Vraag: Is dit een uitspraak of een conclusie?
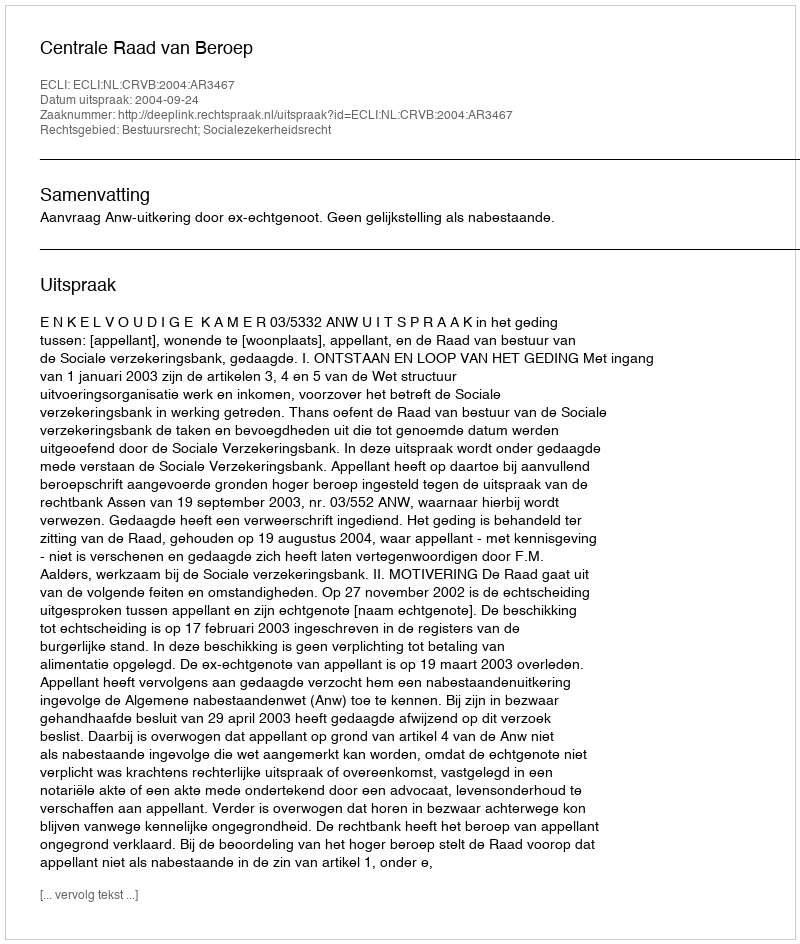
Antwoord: Uitspraak